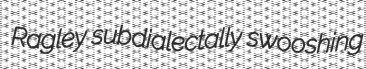
Ragley subdialectally swooshing